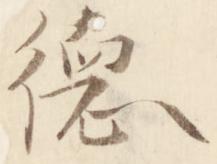
徳